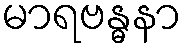
မာရဗန္ဓနာ